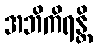
အဘိကိရန္တိ